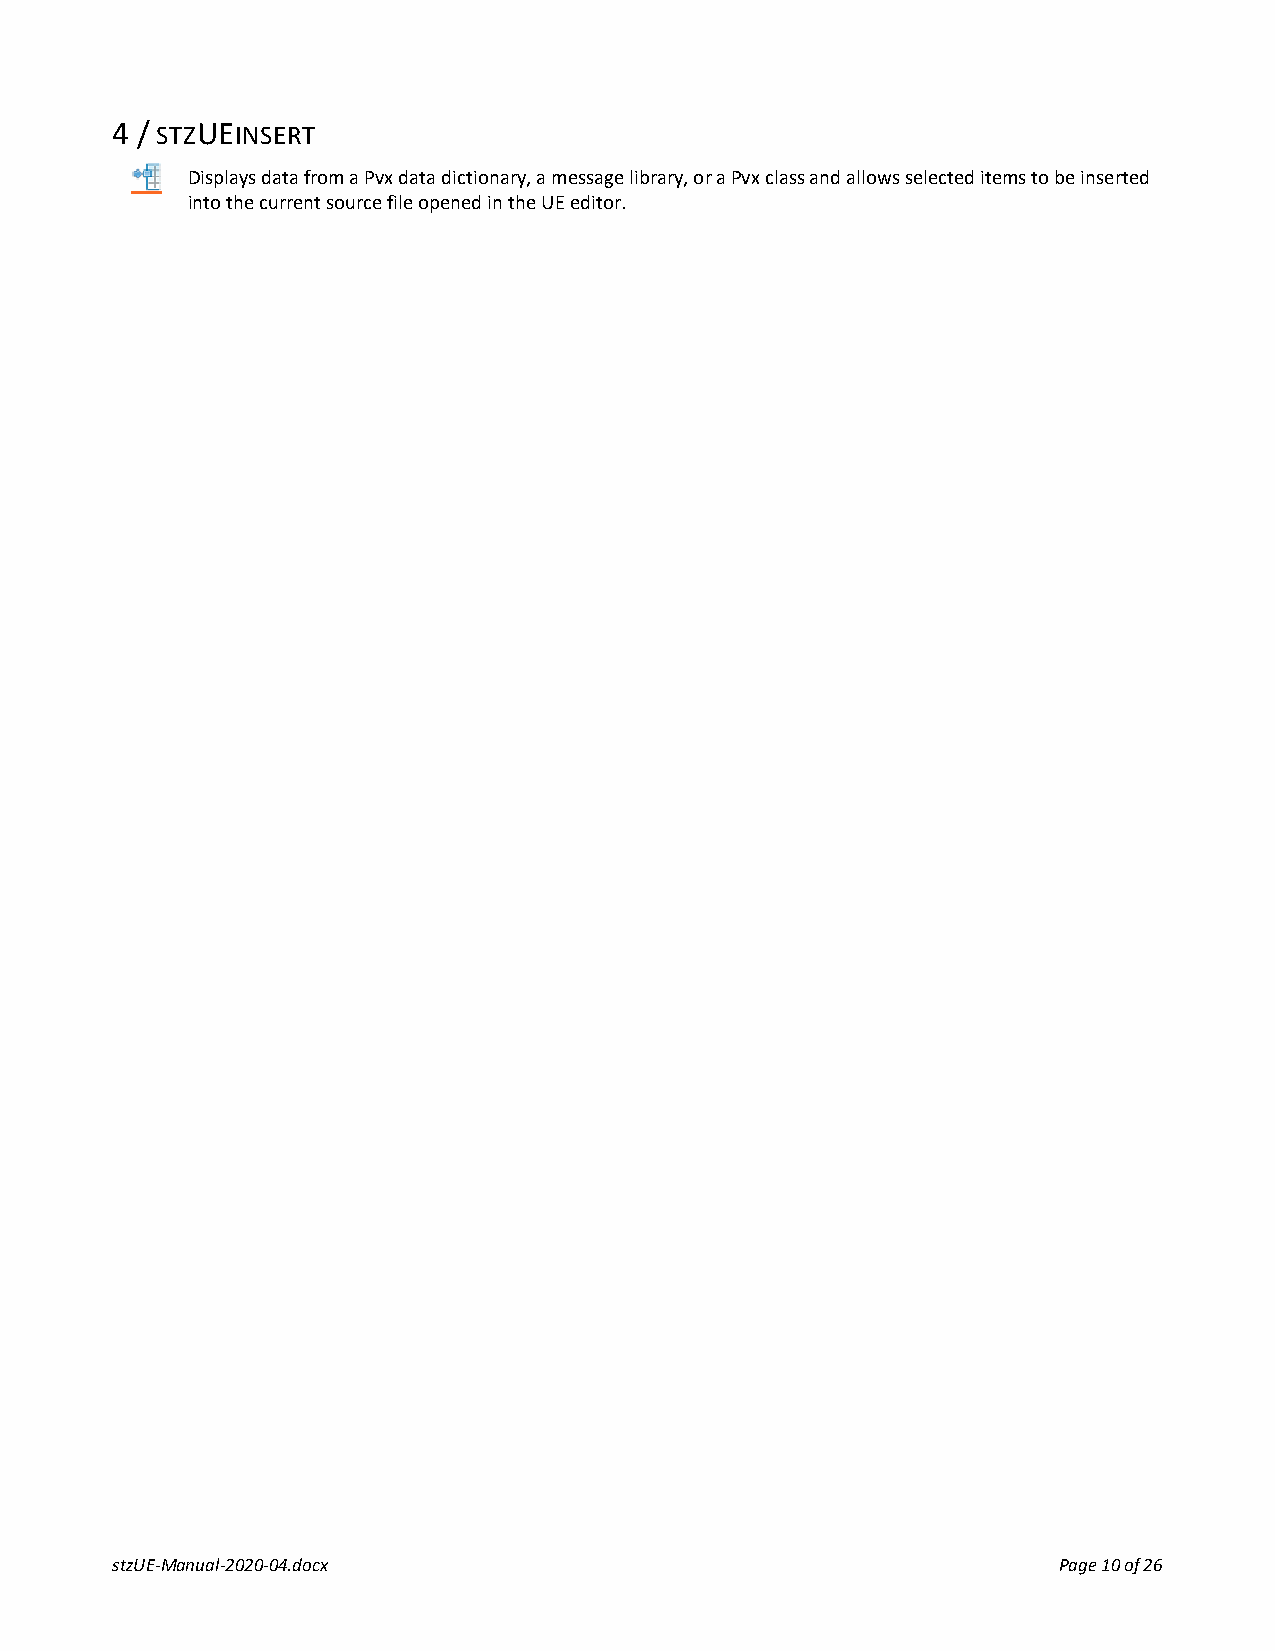
4 / STZUEINSERT
 Displays data from a Pvx data dictionary, a message library, or a Pvx class and allows selected items to be inserted
 into the current source file opened in the UE editor.
 stzUE-Manual-2020-04.docx                                      Page 10 of 26